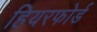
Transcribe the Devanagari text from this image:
हियरफोर्ड